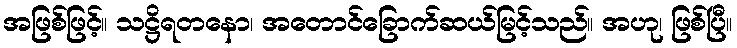
အဖြစ်ဖြင့်။ သဋ္ဌိရတနော၊ အတောင်ခြောက်ဆယ်မြင့်သည်။ အဟု၊ ဖြစ်ပြီ။